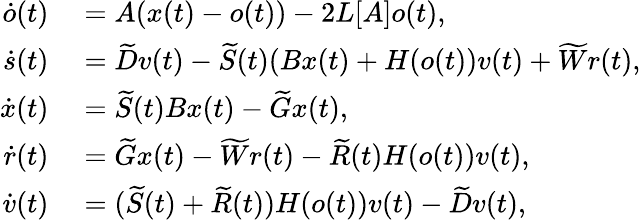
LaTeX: \begin{array}{rl}{\dot{o}(t)}&{{}=A(x(t)-o(t))-2L[A]o(t),}\\ {\dot{s}(t)}&{{}=\widetilde Dv(t)-\widetilde{S}(t)(Bx(t)+H(o(t))v(t)+\widetilde Wr(t),}\\ {\dot{x}(t)}&{{}=\widetilde{S}(t)Bx(t)-\widetilde Gx(t),}\\ {\dot{r}(t)}&{{}=\widetilde Gx(t)-\widetilde Wr(t)-\widetilde{R}(t)H(o(t))v(t),}\\ {\dot{v}(t)}&{{}=(\widetilde{S}(t)+\widetilde{R}(t))H(o(t))v(t)-\widetilde Dv(t),}\end{array}